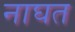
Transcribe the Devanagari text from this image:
नाघत